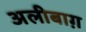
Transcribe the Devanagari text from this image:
अलीबाग़